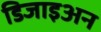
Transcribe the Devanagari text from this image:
डिजाइअन